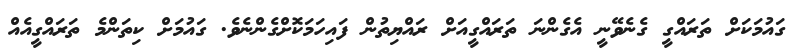
ގައުމަކަށް ތަރައްގީ ގެނެވޭނީ އެގެންނަ ތަރައްގީއަށް ރައްޔިތުން ފައިހަމަކޮށްގެންނެވެ. ގައުމަށް ކިތަންމެ ތަރައްގީއެއް